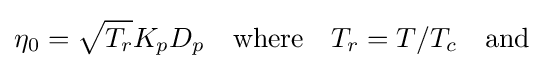
\eta _{0}={\sqrt {T_{r}}}K_{p}D_{p}\quad {\text{where}}\quad T_{r}=T/T_{c}\quad {\text{and}}